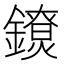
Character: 𨭼